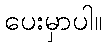
ပေးမှာပါ။